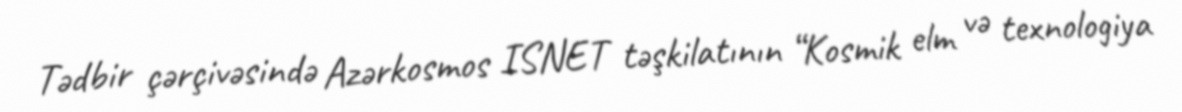
Tədbir çərçivəsində Azərkosmos ISNET təşkilatının “Kosmik elm və texnologiya